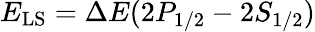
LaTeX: E_{\mathrm{LS}}=\Delta E(2P_{1/2}-2S_{1/2})